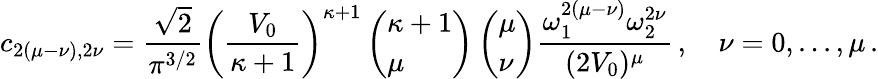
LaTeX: c_{2(\mu-\nu),2\nu}=\frac{\sqrt{2}}{\pi^{3/2}}\left(\frac{V_{0}}{\kappa+1}\right)^{\kappa+1}\left(\begin{array}{l}{\kappa+1}\\ {\mu}\end{array}\right)\left(\begin{array}{l}{\mu}\\ {\nu}\end{array}\right)\frac{\omega_{1}^{2(\mu-\nu)}\omega_{2}^{2\nu}}{(2V_{0})^{\mu}}\, ,\quad\nu=0,...,\mu\, .